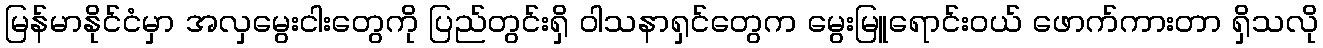
မြန်မာနိုင်ငံမှာ အလှမွေးငါးတွေကို ပြည်တွင်းရှိ ဝါသနာရှင်တွေက မွေးမြူရောင်းဝယ် ဖောက်ကားတာ ရှိသလို